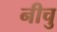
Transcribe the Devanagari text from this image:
नीचु